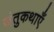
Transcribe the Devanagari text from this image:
जंतुकथाएँ